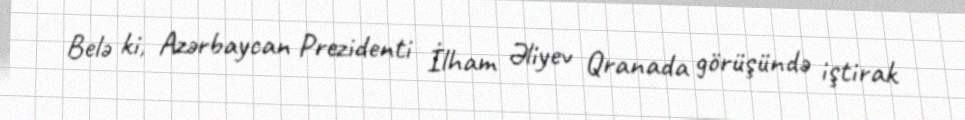
Belə ki, Azərbaycan Prezidenti İlham Əliyev Qranada görüşündə iştirak